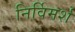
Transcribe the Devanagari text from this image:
निर्विमर्श